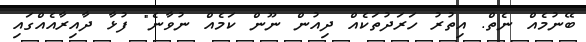
ބޭނުމެއް ނެތް. އިތުރު ހަރަދުތަކެއް ދިއުން ނޫން ކަމެއް ނުވާނެ" ފުޅާ ދާއިރާއެއްގައި